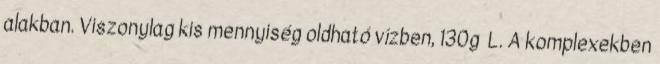
alakban. Viszonylag kis mennyiség oldható vízben, 130g L. A komplexekben